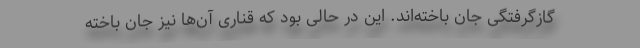
گازگرفتگی جان باخته‌اند. این در حالی بود که قناری آن‌ها نیز جان باخته